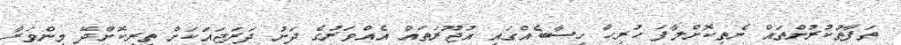
ތަފާތުކުރުންތައް ނެތިކޮށްލާފަ ހުރިހާ ހިސާބެއްގައި އުޖޫރަތައް އެއްވަރުގެ ދަށު ދަރަޖައަކަށް ތިރިކޮށްދޭ މިންވަރާ